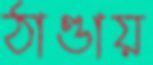
ঠাণ্ডায়